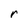
Character: r